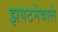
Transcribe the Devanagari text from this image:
झपटनेवाले